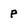
Character: P